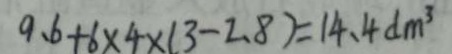
9 . 6 + 6 \times 4 \times ( 3 - 2 . 8 ) = 1 4 . 4 d m ^ { 3 }